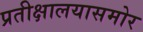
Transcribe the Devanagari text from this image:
प्रतीक्षालयासमोर